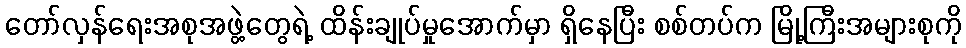
တော်လှန်ရေးအစုအဖွဲ့တွေရဲ့ ထိန်းချုပ်မှုအောက်မှာ ရှိနေပြီး စစ်တပ်က မြို့ကြီးအများစုကို